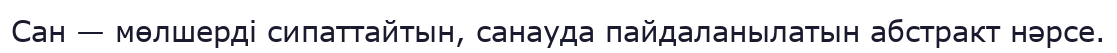
Сан — мөлшерді сипаттайтын, санауда пайдаланылатын абстракт нәрсе.